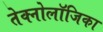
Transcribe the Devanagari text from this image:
तेक्नोलॉजिका